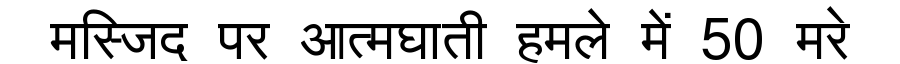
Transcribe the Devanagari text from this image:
मस्जिद पर आत्मघाती हमले में 50 मरे